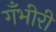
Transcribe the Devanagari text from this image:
गँभीरी